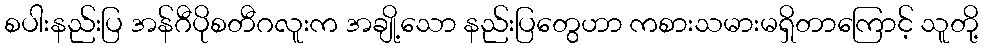
စပါးနည်းပြ အန်ဂီပိုစတီဂလူးက အချို့သော နည်းပြတွေဟာ ကစားသမားမရှိတာကြောင့် သူတို့